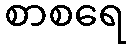
စာစရေ